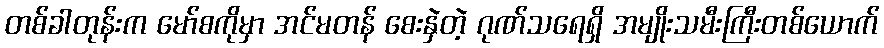
တစ်ခါတုန်းက မော်စကိုမှာ အင်မတန် စေးနှဲတဲ့ ဂုဏ်သရေရှိ အမျိုးသမီးကြီးတစ်ယောက်